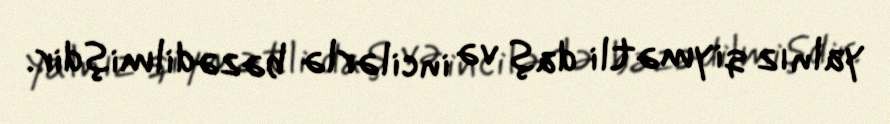
yalnız qiymətli daş və incilərlə bəzədilmişdir.